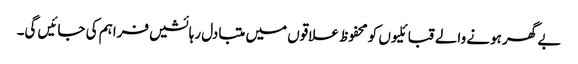
بے گھر ہونے والے قبائلیوں کو محفوظ علاقوں میں متبادل رہائشیں فراہم کی جائیں گی۔